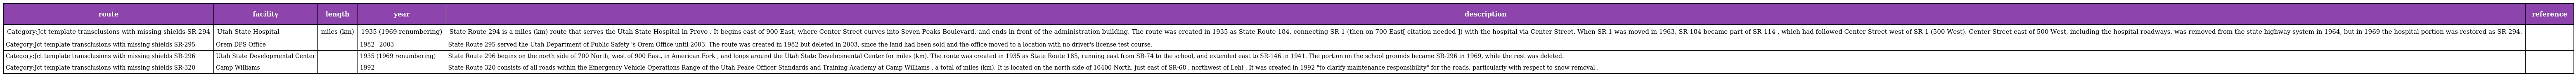
| route | facility | length | year | description | reference |
 | --- | --- | --- | --- | --- | --- |
 | Category:Jct template transclusions with missing shields SR-294 | Utah State Hospital | miles (km) | 1935 (1969 renumbering) | State Route 294 is a miles (km) route that serves the Utah State Hospital in Provo . It begins east of 900 East, where Center Street curves into Seven Peaks Boulevard, and ends in front of the administration building. The route was created in 1935 as State Route 184, connecting SR-1 (then on 700 East[ citation needed ]) with the hospital via Center Street. When SR-1 was moved in 1963, SR-184 became part of SR-114 , which had followed Center Street west of SR-1 (500 West). Center Street east of 500 West, including the hospital roadways, was removed from the state highway system in 1964, but in 1969 the hospital portion was restored as SR-294. |  |
 | Category:Jct template transclusions with missing shields SR-295 | Orem DPS Office |  | 1982– 2003 | State Route 295 served the Utah Department of Public Safety 's Orem Office until 2003. The route was created in 1982 but deleted in 2003, since the land had been sold and the office moved to a location with no driver's license test course. |  |
 | Category:Jct template transclusions with missing shields SR-296 | Utah State Developmental Center |  | 1935 (1969 renumbering) | State Route 296 begins on the north side of 700 North, west of 900 East, in American Fork , and loops around the Utah State Developmental Center for miles (km). The route was created in 1935 as State Route 185, running east from SR-74 to the school, and extended east to SR-146 in 1941. The portion on the school grounds became SR-296 in 1969, while the rest was deleted. |  |
 | Category:Jct template transclusions with missing shields SR-320 | Camp Williams |  | 1992 | State Route 320 consists of all roads within the Emergency Vehicle Operations Range of the Utah Peace Officer Standards and Training Academy at Camp Williams , a total of miles (km). It is located on the north side of 10400 North, just east of SR-68 , northwest of Lehi . It was created in 1992 "to clarify maintenance responsibility" for the roads, particularly with respect to snow removal . |  |